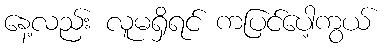
နေ့လည်း လူမရှိရင် ကပြင်ပေါ့ကွယ်